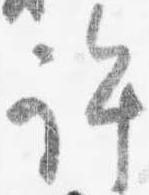
許